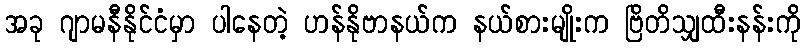
အခု ဂျာမနီနိုင်ငံမှာ ပါနေတဲ့ ဟန်နိုဗာနယ်က နယ်စားမျိုးက ဗြိတိသျှထီးနန်းကို